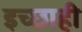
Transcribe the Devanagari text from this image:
इच्छाही